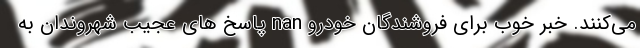
می‌کنند. خبر خوب برای فروشندگان خودرو nan پاسخ های عجیب شهروندان به